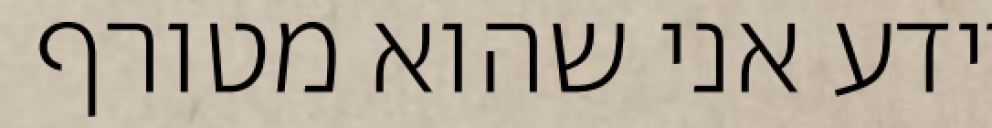
יודע אני שהוא מטורף